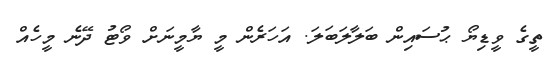
ތީގެ ވީޑިޔޯ ޙުސައިން ބަލާލަބަލަ. އަހަރެން މީ ޔާމީނަށް ވޯޓު ދޭނެ މީހެއް